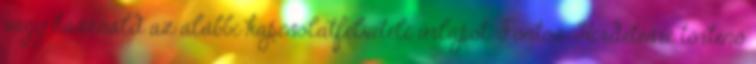
vagy használd az alábbi kapcsolatfelvételi űrlapot. Fontos: Hirdetésre történő